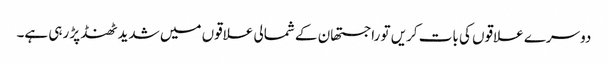
دوسرے علاقوں کی بات کریں تو راجستھان کے شمالی علاقوں میں شدید ٹھنڈ پڑ رہی ہے۔